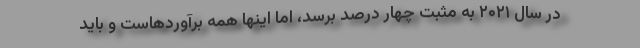
در سال ۲۰۲۱ به مثبت چهار درصد برسد، اما اینها همه برآوردهاست و باید